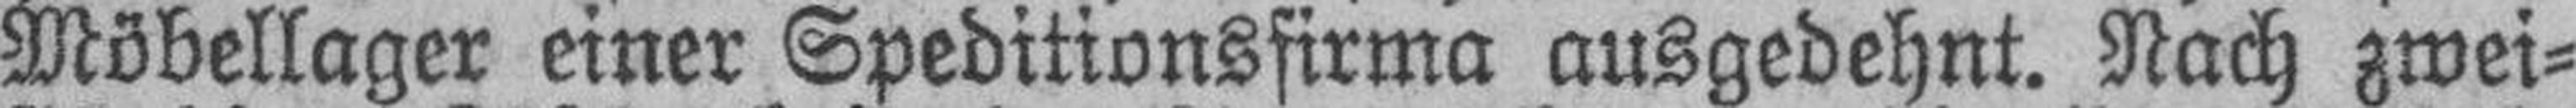
Möbellager einer Speditionsfirma ausgedehnt. Nach zwei¬